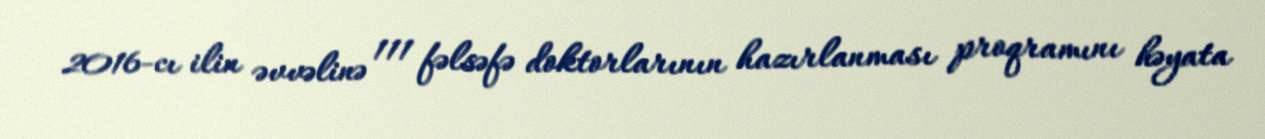
2016-cı ilin əvvəlinə 111 fəlsəfə doktorlarının hazırlanması proqramını həyata